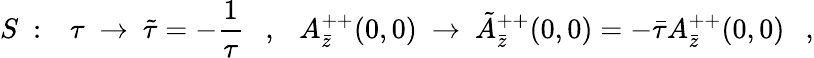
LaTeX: S\ :\ \ \ \tau\ \rightarrow\ \tilde{\tau}=-\frac{1}{\tau}\ \ \ ,\ \ \ A_{\bar{z}}^{++}(0,0)\ \rightarrow\ \tilde{A}_{\bar{z}}^{++}(0,0)=-\bar{\tau}A_{\bar{z}}^{++}(0,0)\ \ \ ,